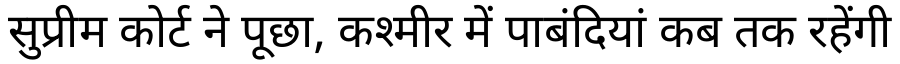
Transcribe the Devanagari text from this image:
सुप्रीम कोर्ट ने पूछा, कश्मीर में पाबंदियां कब तक रहेंगी